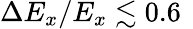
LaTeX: \Delta E_{x}/E_{x}\lesssim 0.6\, \